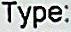
TYPE: